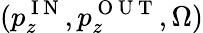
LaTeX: (p_{z}^{\mathrm{~I~N~}},p_{z}^{\mathrm{~O~U~T~}},\Omega)